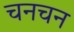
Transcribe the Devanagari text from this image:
चनचन